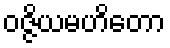
ဝဇ္ဇိယမဟိတော